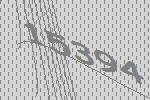
15394